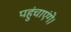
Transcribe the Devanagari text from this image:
पहुंचाएंगे।